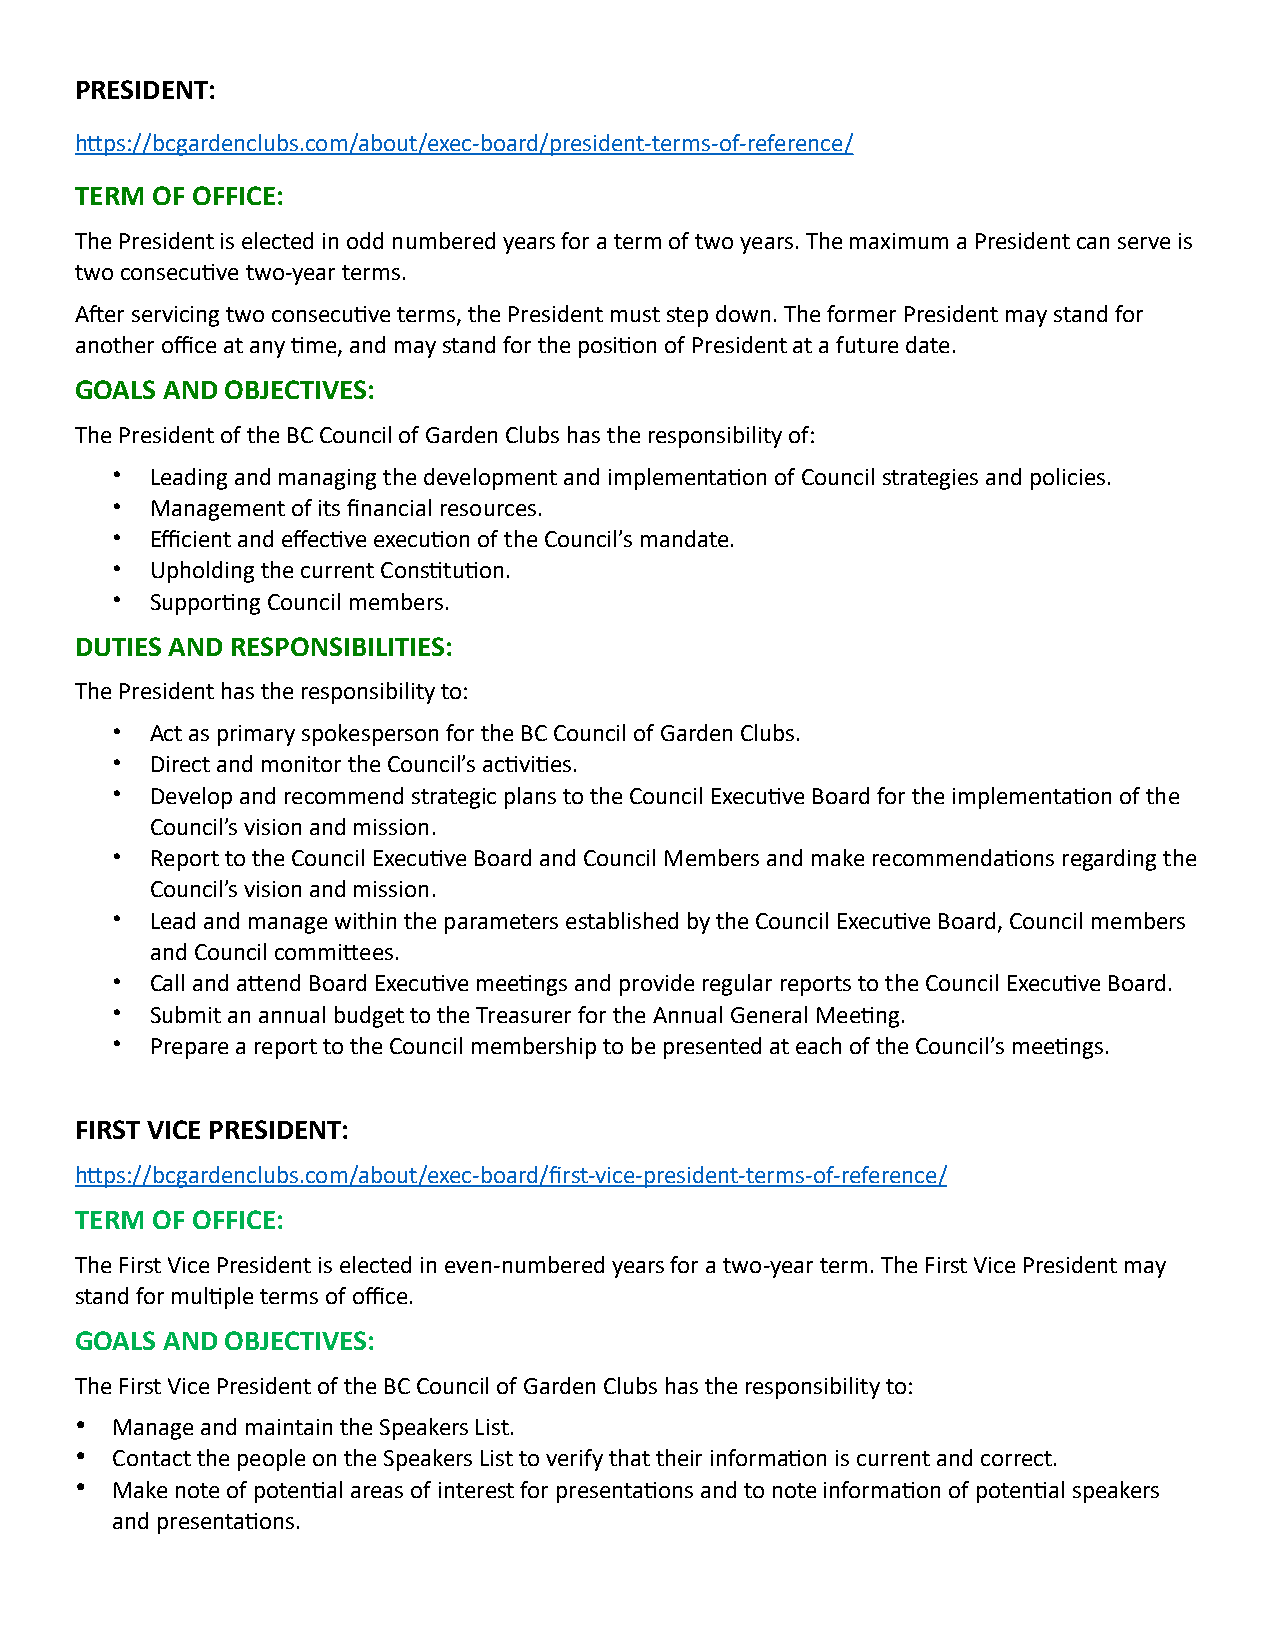
PRESIDENT:
 hTps://bcgardenclubs.com/about/exec-board/president-terms-of-reference/
 TERM OF OFFICE:
 The President is elected in odd numbered years for a term of two years. The maximum a President can serve is
 two consecuDve two-year terms.
 Aier servicing two consecuDve terms, the President must step down. The former President may stand for
 another office at any Dme, and may stand for the posiDon of President at a future date.
 GOALS AND OBJECTIVES:
 The President of the BC Council of Garden Clubs has the responsibility of:
 •  Leading and managing the development and implementaDon of Council strategies and policies.
 •  Management of its financial resources.
 •  Efficient and effecDve execuDon of the Council’s mandate.
 •  Upholding the current ConsDtuDon.
 •  SupporDng Council members.
 DUTIES AND RESPONSIBILITIES:
 The President has the responsibility to:
 •  Act as primary spokesperson for the BC Council of Garden Clubs.
 •  Direct and monitor the Council’s acDviDes.
 •  Develop and recommend strategic plans to the Council ExecuDve Board for the implementaDon of the
 Council’s vision and mission.
 •  Report to the Council ExecuDve Board and Council Members and make recommendaDons regarding the
 Council’s vision and mission.
 •  Lead and manage within the parameters established by the Council ExecuDve Board, Council members
 and Council commiTees.
 •  Call and aTend Board ExecuDve meeDngs and provide regular reports to the Council ExecuDve Board.
 •  Submit an annual budget to the Treasurer for the Annual General MeeDng.
 •  Prepare a report to the Council membership to be presented at each of the Council’s meeDngs.
 FIRST VICE PRESIDENT:
 hTps://bcgardenclubs.com/about/exec-board/first-vice-president-terms-of-reference/
 TERM OF OFFICE:
 The First Vice President is elected in even-numbered years for a two-year term. The First Vice President may
 stand for mulDple terms of office.
 GOALS AND OBJECTIVES:
 The First Vice President of the BC Council of Garden Clubs has the responsibility to:
 • Manage and maintain the Speakers List.
 • Contact the people on the Speakers List to verify that their informaDon is current and correct.
 • Make note of potenDal areas of interest for presentaDons and to note informaDon of potenDal speakers
 and presentaDons.